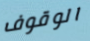
الوقوف